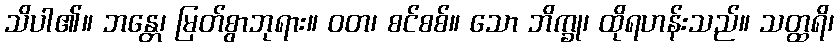
သိပါ၏။ ဘန္တေ၊ မြတ်စွာဘုရား။ ဝတ၊ စင်စစ်။ သော ဘိက္ခု၊ ထိုရဟန်းသည်။ သတ္ထရိ၊